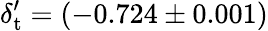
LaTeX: {\delta_{\mathrm{t}}^{\prime}}=(-0.724\pm 0.001)